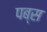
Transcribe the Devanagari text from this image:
पब्स